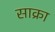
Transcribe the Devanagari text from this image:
साक्रा